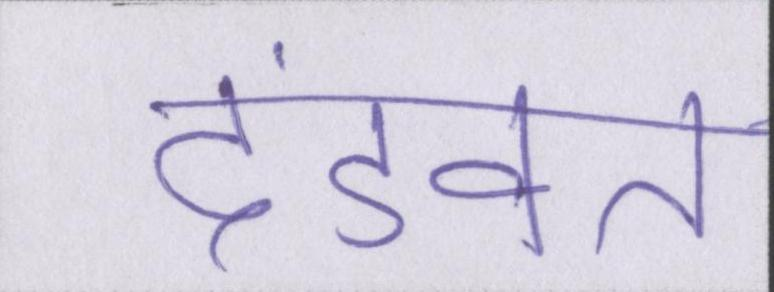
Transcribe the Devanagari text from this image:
दंडवत